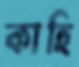
কাহি